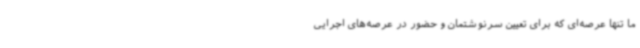
ما تنها عرصه‌ای که برای تعیین سرنوشتمان و حضور در عرصه‌های اجرایی